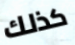
كذلك